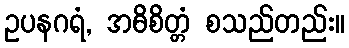
ဥပနဂရံ, အဓိစိတ္တံ စသည်တည်း။